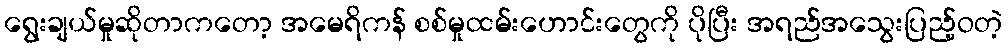
ရွေးချယ်မှုဆိုတာကတော့ အမေရိကန် စစ်မှုထမ်းဟောင်းတွေကို ပိုပြီး အရည်အသွေးပြည့်ဝတဲ့